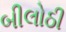
બીલોઠી